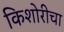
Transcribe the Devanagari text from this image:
किशोरीचा